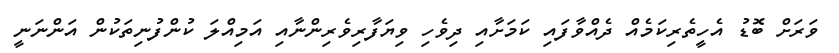
ވަރަށް ބޮޑު އެހީތެރިކަމެއް ދެއްވާފައި ކަމަށާއި ދިވެހި ވިޔަފާރިވެރިންނާއި އަމިއްލަ ކުންފުނިތަކުން އަންނަނީ